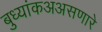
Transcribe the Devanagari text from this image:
बुध्यांकअअसणारे